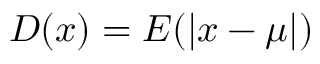
D ( x ) = E ( | x - \mu | )